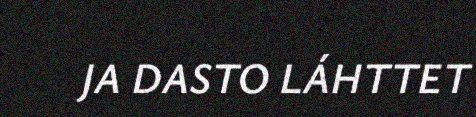
JA DASTO LÁHTTET